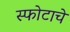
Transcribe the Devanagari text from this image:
स्फोटाचे